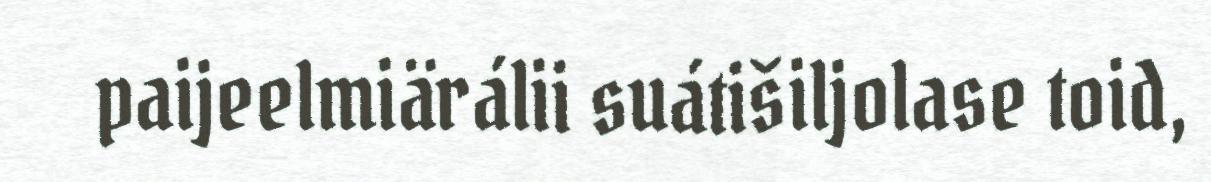
paijeelmiärálii suátišiljolase toid,